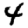
Digit: 4